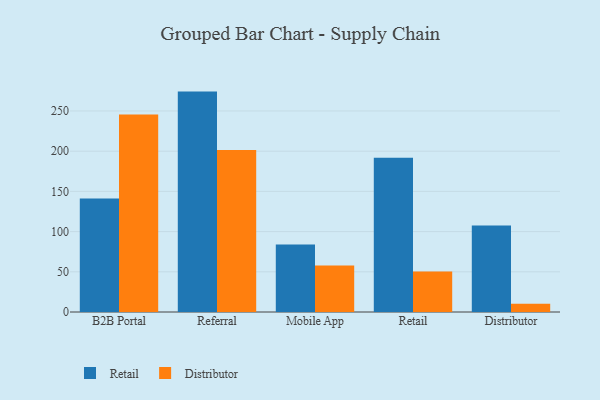
{"axis": {"x": "Channel", "y": "LTV (USD)"}, "legend": ["Distributor", "Retail"], "data": [{"x": "B2B Portal", "y": 141.3, "type": "Retail"}, {"x": "B2B Portal", "y": 245.7, "type": "Distributor"}, {"x": "Referral", "y": 274.1, "type": "Retail"}, {"x": "Referral", "y": 201.4, "type": "Distributor"}, {"x": "Mobile App", "y": 84.1, "type": "Retail"}, {"x": "Mobile App", "y": 57.9, "type": "Distributor"}, {"x": "Retail", "y": 191.8, "type": "Retail"}, {"x": "Retail", "y": 50.3, "type": "Distributor"}, {"x": "Distributor", "y": 107.6, "type": "Retail"}, {"x": "Distributor", "y": 10.3, "type": "Distributor"}]}